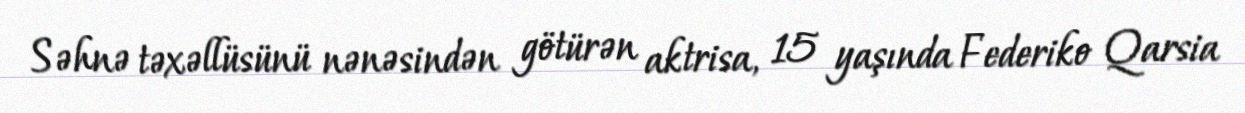
Səhnə təxəllüsünü nənəsindən götürən aktrisa, 15 yaşında Federiko Qarsia